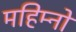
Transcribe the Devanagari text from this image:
महिम्नो